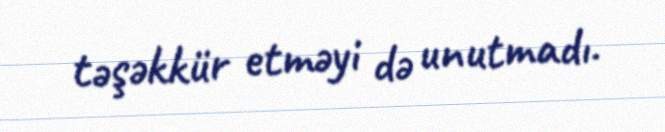
təşəkkür etməyi də unutmadı.